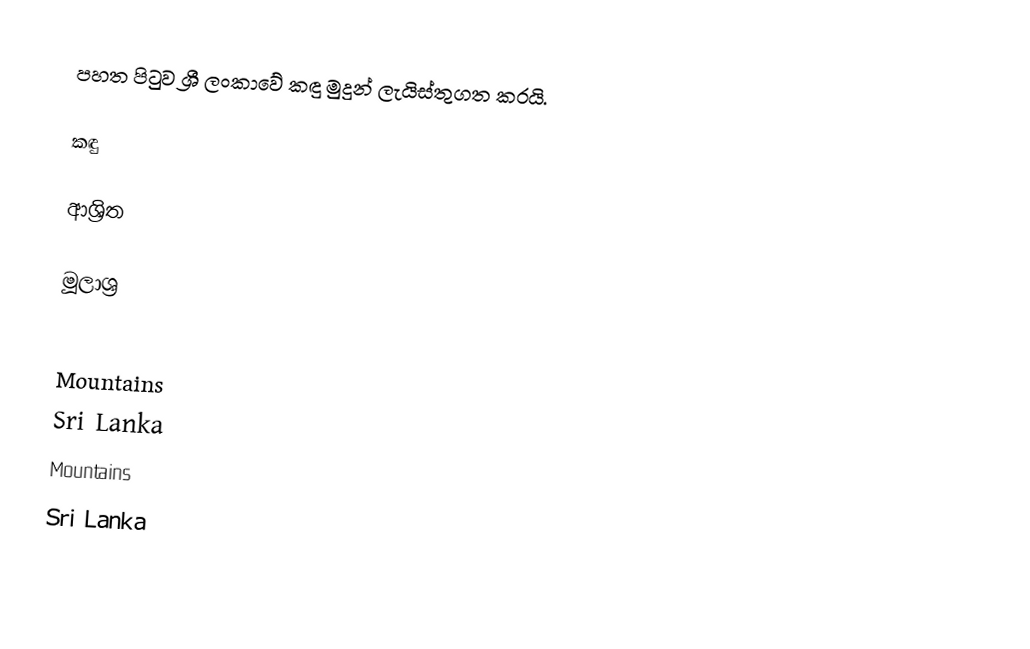
පහත පිටුව ශ්‍රී ලංකාවේ කඳු මුදුන් ලැයිස්තුගත කරයි.

කඳු

ආශ්‍රිත

මූලාශ්‍ර

Mountains
Sri Lanka
Mountains
Sri Lanka